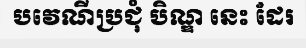
បវេណីប្រជុំ បិណ្ឌ នេះ ដែរ